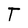
Character: T